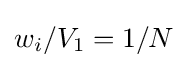
w_{i}/V_{1}=1/N